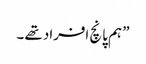
” ہم پانچ افراد تھے ۔